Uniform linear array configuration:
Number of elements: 32
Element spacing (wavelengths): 0.5
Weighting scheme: blackman
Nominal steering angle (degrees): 0
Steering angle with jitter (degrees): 0.928
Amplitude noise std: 0.05
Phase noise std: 0.05

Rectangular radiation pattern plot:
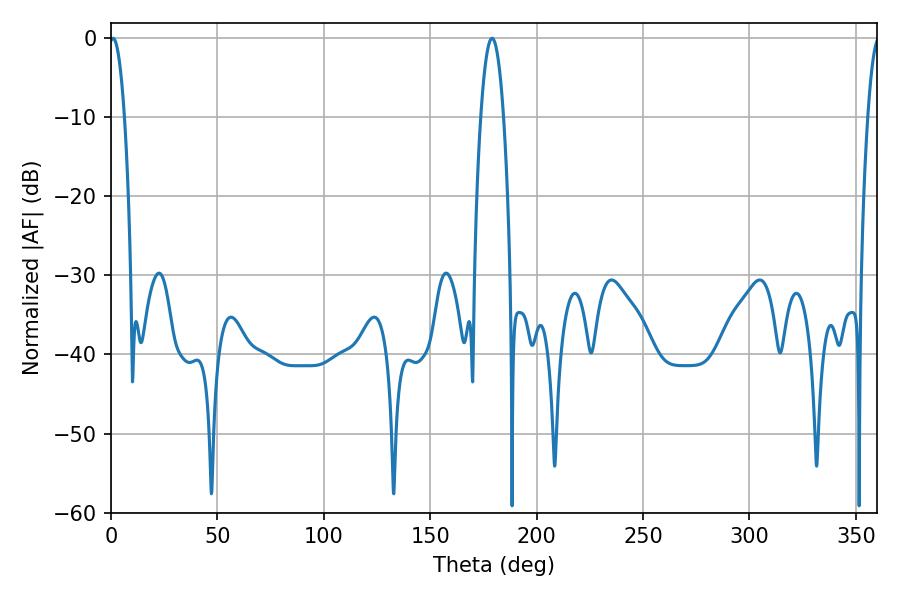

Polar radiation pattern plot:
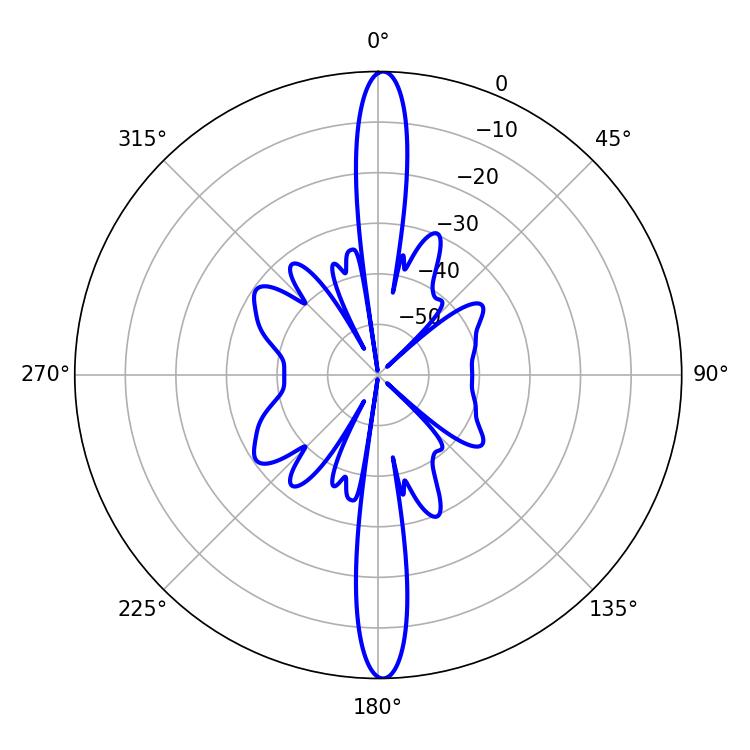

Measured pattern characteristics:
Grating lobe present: FALSE
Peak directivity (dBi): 27.784
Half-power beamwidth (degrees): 3.96
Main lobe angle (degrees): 0.9